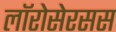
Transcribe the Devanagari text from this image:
लॉरोसेरसस